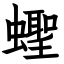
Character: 蟶